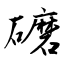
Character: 礳